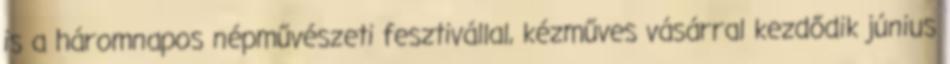
is a háromnapos népművészeti fesztivállal, kézműves vásárral kezdődik június